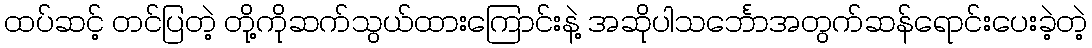
ထပ်ဆင့် တင်ပြတဲ့ တို့ကိုဆက်သွယ်ထားကြောင်းနဲ့ အဆိုပါသင်္ဘောအတွက်ဆန်ရောင်းပေးခဲ့တဲ့